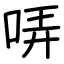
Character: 哢